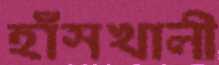
হাঁসখালী